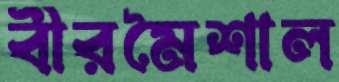
বীরমৈশাল